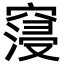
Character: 䆮